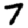
Digit: 7